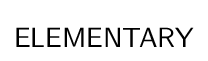
{\mathsf {ELEMENTARY}}